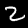
Digit: 2